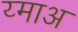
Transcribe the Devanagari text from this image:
य्माअ